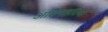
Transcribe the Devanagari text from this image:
आठपहरिया